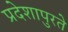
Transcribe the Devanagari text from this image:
प्रदेशापुरते